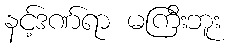
နင့်ဒဏ်ရာ မကြီးဘူး